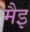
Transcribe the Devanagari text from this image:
मैइ